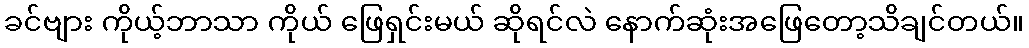
ခင်ဗျား ကိုယ့်ဘာသာ ကိုယ် ဖြေရှင်းမယ် ဆိုရင်လဲ နောက်ဆုံးအဖြေတော့သိချင်တယ်။